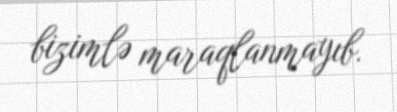
bizimlə maraqlanmayıb.